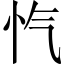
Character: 忾